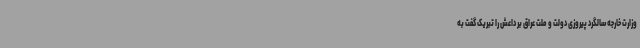
وزارت خارجه سالگرد پیروزی دولت و ملت عراق بر داعش را تبریک گفت به